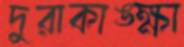
দুরাকাঙ্ক্ষা